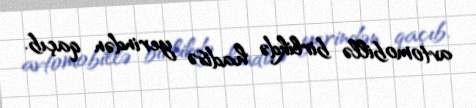
avtomobillə birlikdə hadisə yerindən qaçıb.